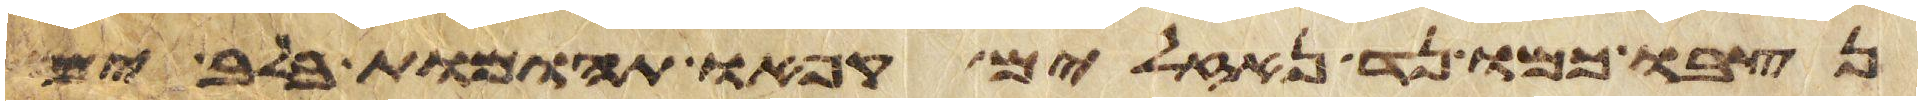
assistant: נצבו כמו נד נזלים קפאו תהומות בלב